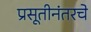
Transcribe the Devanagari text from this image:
प्रसूतीनंतरचे